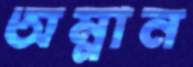
অম্লান